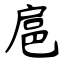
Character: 扈